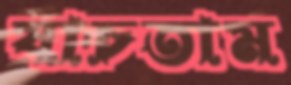
যাচতাম